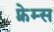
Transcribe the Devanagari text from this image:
फ़्रेम्स